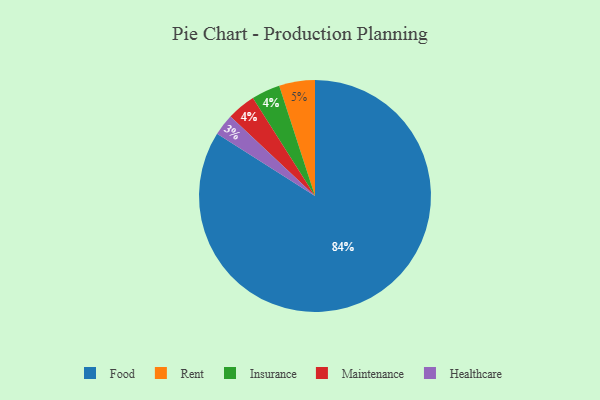
{"axis": {"x": "Category", "y": "Percentage"}, "legend": ["Food", "Healthcare", "Insurance", "Maintenance", "Rent"], "data": [{"x": "Healthcare", "y": 3, "type": "Healthcare"}, {"x": "Food", "y": 84, "type": "Food"}, {"x": "Insurance", "y": 4, "type": "Insurance"}, {"x": "Rent", "y": 5, "type": "Rent"}, {"x": "Maintenance", "y": 4, "type": "Maintenance"}]}